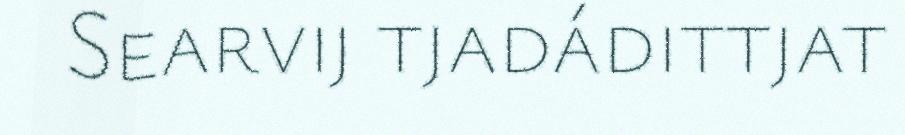
Searvij tjadádittjat